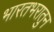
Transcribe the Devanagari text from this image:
भारतभरातुन